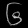
Digit: ၆